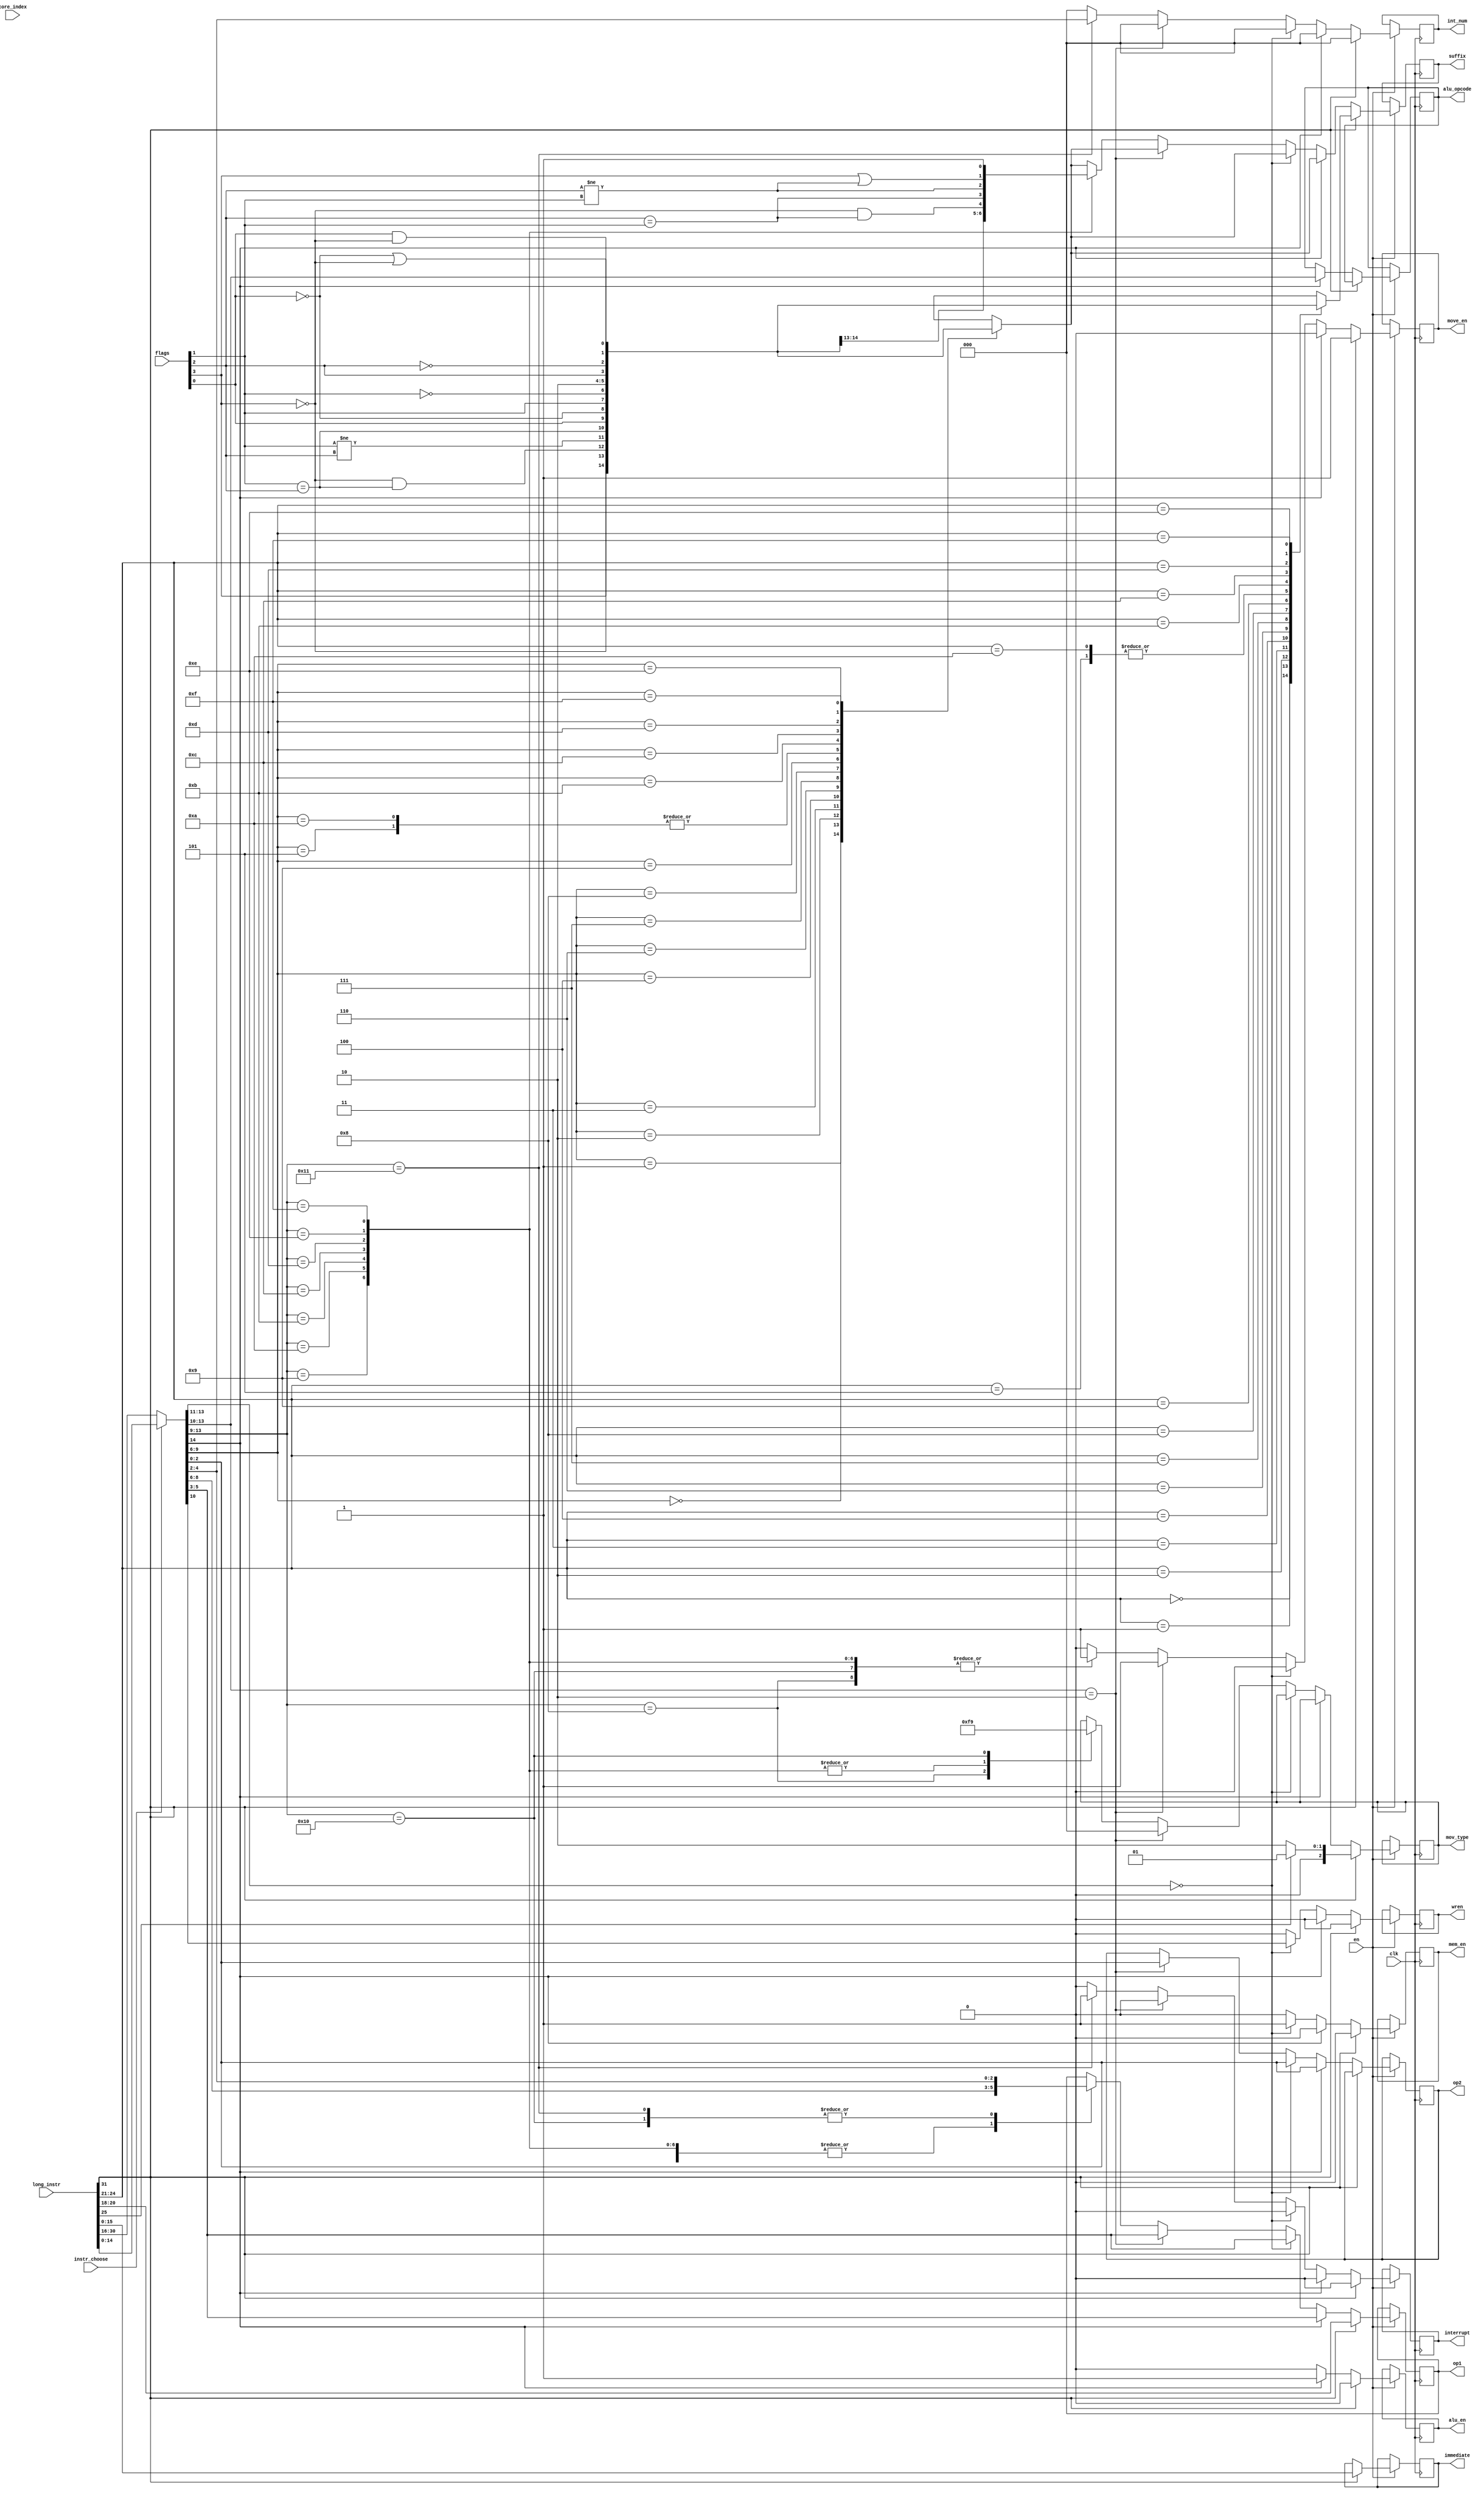
module instr_decoder #(
    parameter
    WIDTH=32,
    OPCODE=4,
    REGS_CODING=3,
    FLAGS=4,
    CARRY=0,
    SIGN=1,
    OVERFLOW=2,
    ZERO=3,

    CORE_NUMBER=2,
    INT_NUM=3
)
(
    input 				     clk,
    input 				  	 en,
    input [WIDTH-1: 0] 		 long_instr,
    input                    instr_choose,
    input [FLAGS-1: 0]       flags,
    input [CORE_NUMBER-1:0]    core_index,
    //alu
    output reg                    alu_en,
    output reg [OPCODE-1 :0]      alu_opcode,
    //mem
    output reg                    mem_en,
    output reg                    wren = 0,
    //move
    output reg                    move_en,
    output reg [WIDTH/2-1: 0]     immediate,
    output reg [2:0]              mov_type,  //000 - mov reg reg, 001 - movl 010 - movh, 011 - movf, 100 - jump

    // alu + mem + move
    output reg [REGS_CODING-1: 0] op1,
    output reg [REGS_CODING-1: 0] op2,
    output reg                    suffix,

    output reg                      interrupt,
    output reg [INT_NUM-1:0]        int_num

);

reg [WIDTH/2-1: 0] short_instr;

always @(negedge clk) begin
    if (en) begin
        alu_en <=  0;
        mem_en <=  0;
        move_en <= 0;
		wren <= 0;
        interrupt <= 0;
        int_num <= 0;

        // long 32bit instruction - movl / movh
        if(long_instr[WIDTH-1] == 1) begin
            immediate = long_instr[WIDTH/2-1: 0];
            move_en <= 1;

            // register coding
            op1 <= long_instr[20:18];

            if (long_instr[25]) begin // movl
                mov_type <= 3'b001;
            end else begin            // movh
                mov_type <= 3'b010;
            end

            case (long_instr[24:21])
                4'b0000: suffix <= flags[ZERO] == 1;
                4'b0001: suffix <= flags[ZERO] == 0;
                4'b0010: suffix <= flags[ZERO] == 0 && flags[SIGN] == flags[OVERFLOW];
                4'b0011: suffix <= flags[SIGN] != flags[OVERFLOW];
                4'b0100: suffix <= flags[SIGN] == flags[OVERFLOW];
                4'b0101: suffix <= flags[ZERO] == 1 || flags[SIGN] != OVERFLOW;
                4'b0110: suffix <= flags[CARRY] == 1;
                4'b0111: suffix <= flags[CARRY] == 0;
                4'b1000: suffix <= flags[SIGN] == 1;
                4'b1001: suffix <= flags[SIGN] == 0;
                4'b1010: suffix <= 1;    // AL
                4'b1011: suffix <= 0;    // NV
                4'b1100: suffix <= flags[OVERFLOW] == 1;
                4'b1101: suffix <= flags[OVERFLOW] == 0;
                4'b1110: suffix <= flags[CARRY] == 1 && flags[ZERO] == 0;
                4'b1111: suffix <= flags[CARRY] == 0 || flags[ZERO] == 0;
                default: suffix <= 1;
            endcase
        end else begin
            short_instr = instr_choose ? long_instr[WIDTH/2-1: 0] : long_instr[WIDTH-1: WIDTH/2];

            // suffix
            case(short_instr[9:6])
                4'b0000: suffix <= flags[ZERO] == 1;
                4'b0001: suffix <= flags[ZERO] == 0;
                4'b0010: suffix <= flags[ZERO] == 0 && flags[SIGN] == flags[OVERFLOW];
                4'b0011: suffix <= flags[SIGN] != flags[OVERFLOW];
                4'b0100: suffix <= flags[SIGN] == flags[OVERFLOW];
                4'b0101: suffix <= flags[ZERO] == 1 || flags[SIGN] != OVERFLOW;
                4'b0110: suffix <= flags[CARRY] == 1;
                4'b0111: suffix <= flags[CARRY] == 0;
                4'b1000: suffix <= flags[SIGN] == 1;
                4'b1001: suffix <= flags[SIGN] == 0;
                4'b1010: suffix <= 1;    // AL
                4'b1011: suffix <= 0;    // NV
                4'b1100: suffix <= flags[OVERFLOW] == 1;
                4'b1101: suffix <= flags[OVERFLOW] == 0;
                4'b1110: suffix <= flags[CARRY] == 1 && flags[ZERO] == 0;
                4'b1111: suffix <= flags[CARRY] == 0 || flags[ZERO] == 0;
                default: suffix <= 1;
            endcase

            // ALU instruction
            if (short_instr[WIDTH/2-2] == 1) begin
                alu_en <=  1;

                alu_opcode <= short_instr[13:10];
                op1 <= short_instr[5:3];
                op2 <= short_instr[2:0];
            end else begin
                // load / store
                if (short_instr[13:11] == 3'b000) begin
                    mem_en <=  1;
                    //register with data
                    op1 <= short_instr[5:3];
                    // register with address
                    op2 <= short_instr[2:0];
                    wren <= short_instr[10];
                end else begin

						 // mov reg reg
						 if (short_instr[13:10] == 4'b0010) begin
							  move_en <= 1;
							  op1 <= short_instr[5:3];
							  op2 <= short_instr[2:0];
							  mov_type <= 3'b000; 
						 end else begin
						 

							 // others
							case (short_instr[13:9])
                                // movf
                                5'b01000: begin op1 <= short_instr[8:6]; mov_type <= 3'b011; move_en <= 1; end   // movf
								  
                                // jumps
								5'b01001: begin op1 <= short_instr[8:6]; suffix <= flags[ZERO] == 1; mov_type <= 3'b111; move_en <= 1; end
								5'b01010: begin op1 <= short_instr[8:6]; suffix <= flags[ZERO] == 0; mov_type <= 3'b111; move_en <= 1; end
								5'b01011: begin op1 <= short_instr[8:6]; suffix <= flags[ZERO] == 0 && (flags[OVERFLOW] == flags[SIGN]); mov_type <= 3'b111; move_en <= 1; end
								5'b01100: begin op1 <= short_instr[8:6]; suffix <= flags[OVERFLOW] == flags[SIGN]; mov_type <= 3'b111; move_en <= 1; end
								5'b01101: begin op1 <= short_instr[8:6]; suffix <= flags[OVERFLOW] != flags[SIGN]; mov_type <= 3'b111; move_en <= 1; end
								5'b01110: begin op1 <= short_instr[8:6]; suffix <= flags[ZERO] == 1 || (flags[OVERFLOW] != flags[SIGN]); mov_type <= 3'b111; move_en <= 1; end
                                5'b01111: begin op1 <= short_instr[8:6]; suffix <= 1; mov_type <= 3'b111; move_en <= 1; end

                                // coreidx
                                5'b10000: begin op1 <= short_instr[4:2]; mov_type <= 3'b001; move_en <= 1; end 

                                // int
                                5'b10001: begin op1 <= short_instr[4:2]; interrupt <= 1; int_num <= short_instr[4:2]; end

								default: op1 <= op1;
                            endcase
                            // op1 <= short_instr[5:3];
                            // op2 <= short_instr[2:0];
						 end
					 
					 end

            end

        end
    end
end

endmodule